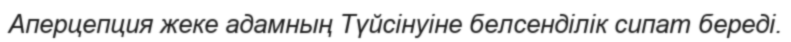
Аперцепция жеке адамның Түйсінуіне белсенділік сипат береді.